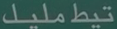
تيطمليك